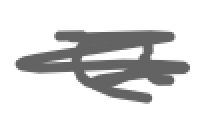
Text: a
Cross-out: scratch
Writing tool: digital_gray